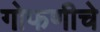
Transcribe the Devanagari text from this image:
गोफणीचे